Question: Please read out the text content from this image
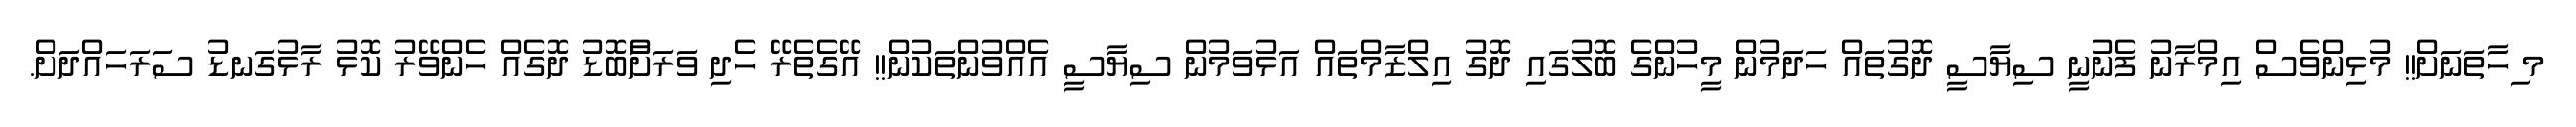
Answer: މ ިހާތަނަށް!! މުޅިންވެސް އިމްރާނު ފެނުނީ ސިޔާސީ ދޮގުތައް ހަދަމުން މީހުންގެ ބޮލުގައި ދޮގު އިލްޒާމްތައް އަޅުވަމުން ސިޔާސީ އެއްވުންތަކުން!! އޭގެތެރޭ ހެދި ވަރަށާްބޮޑު ދޮގެއް ހެންވޭރު ކޮޅު ރާޅުގަނޑު ސަރަހައްދަށް.